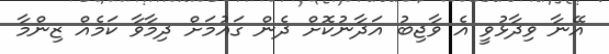
އޭނާ ވިދާޅުވީ އެ ވާޖިބު އަދާނުކޮށް ދެން ގައުމަށް ދިމާވާ ކަމެއް ޒިންމާ